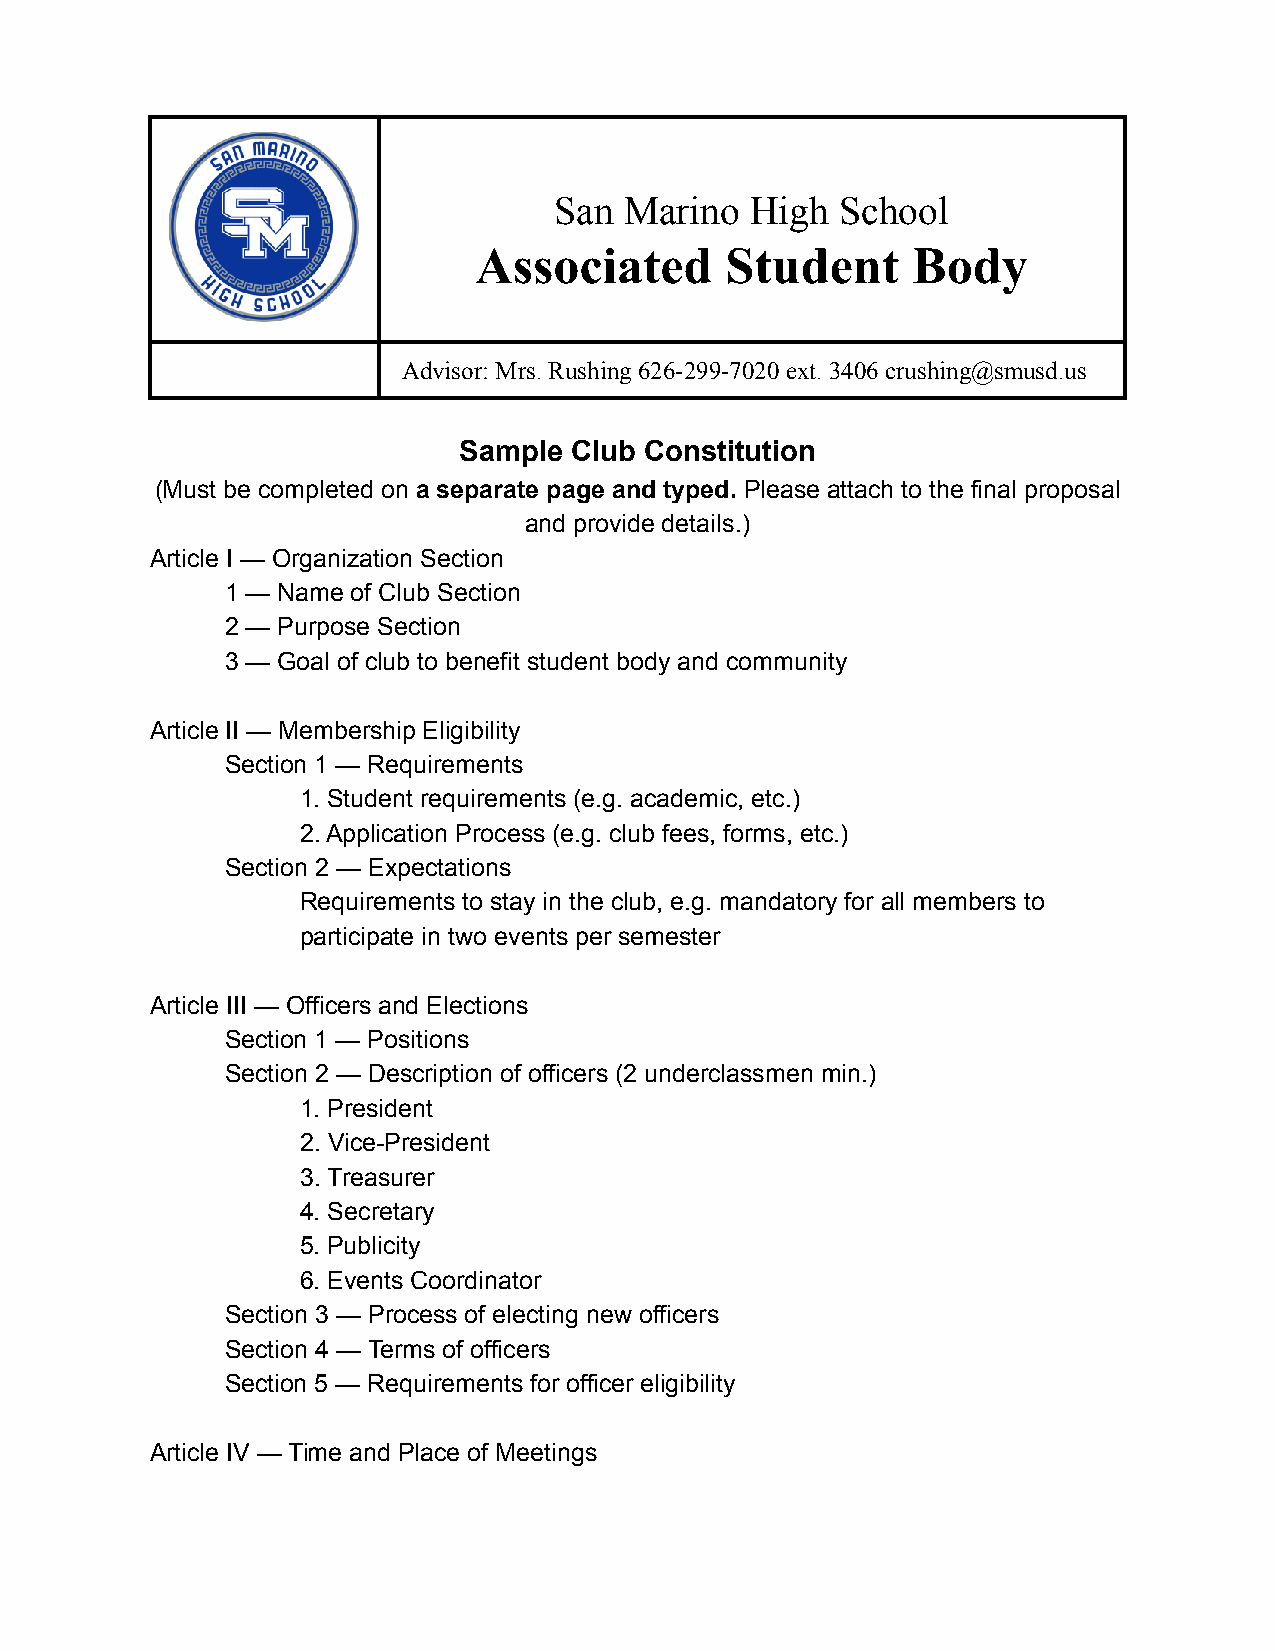
San Marino   High  School
 Associated       Student     Body
 Advisor: Mrs. Rushing 626-299-7020 ext. 3406 crushing@smusd.us
 Sample  Club Constitution
 (Must be completed on a separate page and typed. Please attach to the final proposal
 and provide details.)
 Article I — Organization Section
 1 — Name of Club Section
 2 — Purpose Section
 3 — Goal of club to benefit student body and community
 Article II — Membership Eligibility
 Section 1 — Requirements
 1. Student requirements (e.g. academic, etc.)
 2. Application Process (e.g. club fees, forms, etc.)
 Section 2 — Expectations
 Requirements to stay in the club, e.g. mandatory for all members to
 participate in two events per semester
 Article III — Officers and Elections
 Section 1 — Positions
 Section 2 — Description of officers (2 underclassmen min.)
 1. President
 2. Vice-President
 3. Treasurer
 4. Secretary
 5. Publicity
 6. Events Coordinator
 Section 3 — Process of electing new officers
 Section 4 — Terms of officers
 Section 5 — Requirements for officer eligibility
 Article IV — Time and Place of Meetings